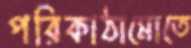
পরিকাঠামোতে